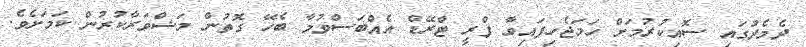
ދެމެދުގައި ސޮއިކުރުމަށް ހަމަޖެހިފައިވާ ފްރީ ޓްރޭޑް އެއްބަސްވުމާ ބެހޭ ގޮތުން މަޝްވަރާކުރުން ކަމަށެވެ.